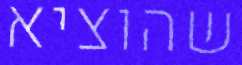
שהוציא